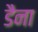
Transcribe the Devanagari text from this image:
डैना